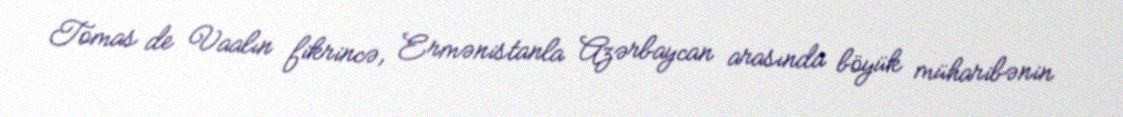
Tomas de Vaalın fikrincə, Ermənistanla Azərbaycan arasında böyük müharibənin